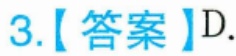
3.【答案】D.